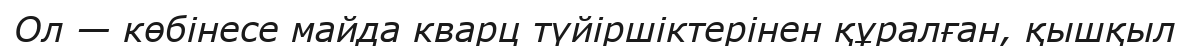
Ол — көбінесе майда кварц түйіршіктерінен құралған, қышқыл